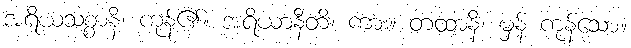
အရိယသစ္စာနိ၊ ကုန်၏။ အရိယာနီတိ၊ ကား။ တထာနိ၊ မှန် ကုန်သော။